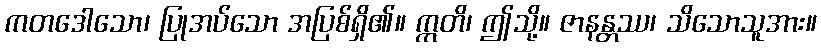
ကတဒေါသော၊ ပြုအပ်သော အပြစ်ရှိ၏။ ဣတိ၊ ဤသို့။ ဇာနန္တဿ၊ သိသောသူအား။